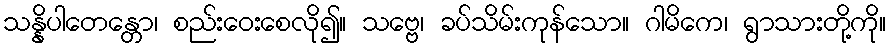
သန္နိပါတေန္တော၊ စည်းဝေးစေလို၍။ သဗ္ဗေ၊ ခပ်သိမ်းကုန်သော။ ဂါမိကေ၊ ရွာသားတို့ကို။